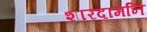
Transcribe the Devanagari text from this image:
शारदामनि